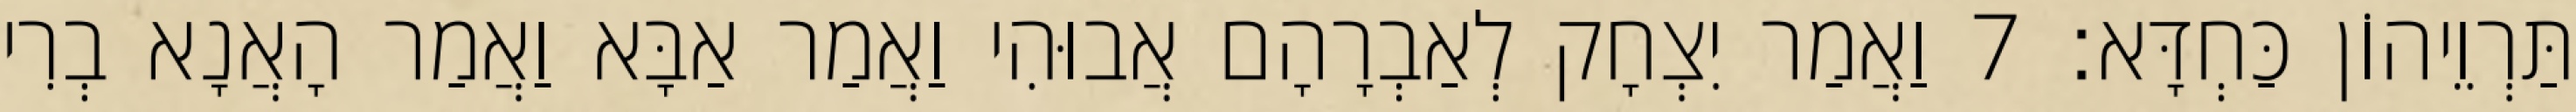
תַּרְוֵיהוֹן כַּחְדָּא׃ 7 וַאֲמַר יִצְחָק לְאַבְרָהָם אֲבוּהִי וַאֲמַר אַבָּא וַאֲמַר הָאֲנָא בְרִי